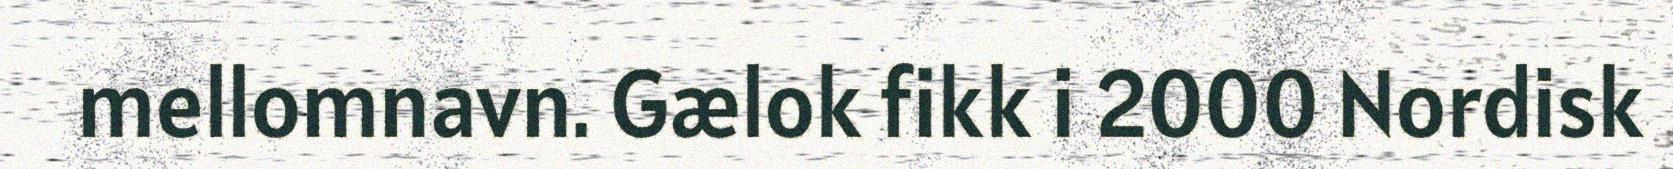
mellomnavn. Gælok fikk i 2000 Nordisk